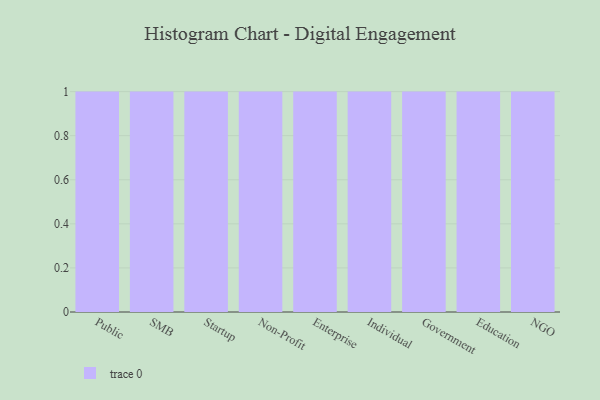
{"axis": {"x": "Segment", "y": "Shipments"}, "legend": [""], "data": [{"x": "Public", "y": 30, "type": ""}, {"x": "SMB", "y": 68, "type": ""}, {"x": "Startup", "y": 77, "type": ""}, {"x": "Non-Profit", "y": 55, "type": ""}, {"x": "Enterprise", "y": 71, "type": ""}, {"x": "Individual", "y": 71, "type": ""}, {"x": "Government", "y": 2, "type": ""}, {"x": "Education", "y": 88, "type": ""}, {"x": "NGO", "y": 37, "type": ""}]}